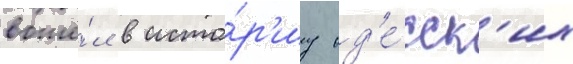
вошё́л в исто́р'иу од'е́сск'их